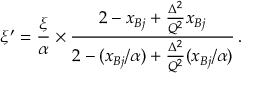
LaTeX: \xi ^ { \prime } = \frac { \xi } { \alpha } \times \frac { 2 - x _ { B j } + \frac { \Delta ^ { 2 } } { Q ^ { 2 } } x _ { B j } } { 2 - ( x _ { B j } / \alpha ) + \frac { \Delta ^ { 2 } } { Q ^ { 2 } } ( x _ { B j } / \alpha ) } \, .